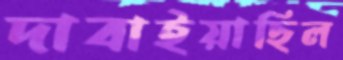
দাবাইয়াছিল